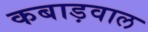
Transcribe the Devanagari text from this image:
कबाड़वाल